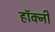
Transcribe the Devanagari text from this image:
हॉक्नी